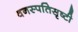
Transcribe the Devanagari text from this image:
वनस्पतिसृष्टी